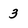
Character: 3